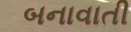
બનાવાતી